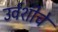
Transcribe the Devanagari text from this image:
उर्वशीचे